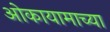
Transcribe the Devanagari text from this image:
ओकायामाच्या